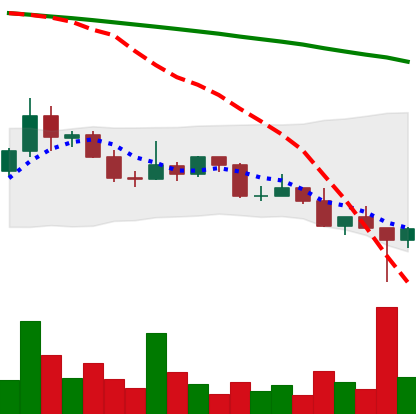
Ticker: DOGE-USD
Chart end date: 2022-02-25
Forward return: 4.244%
Label: up_3_5